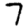
Digit: 7